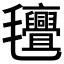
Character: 𭯯